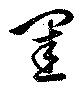
閨